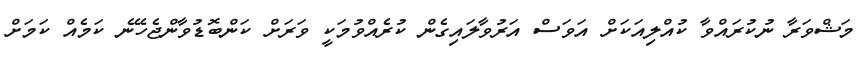
މަޝްވަރާ ނުކުރައްވާ ކުއްލިއަކަށް އަވަސް އަރުވާލައިގެން ކުރެއްވުމަކީ ވަރަށް ކަންބޮޑުވާންޖެހޭނެ ކަމެއް ކަމަށް